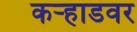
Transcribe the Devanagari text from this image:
कऱ्हाडवर